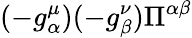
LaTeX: (-g_{\alpha}^{\mu})(-g_{\beta}^{\nu})\Pi^{\alpha\beta}